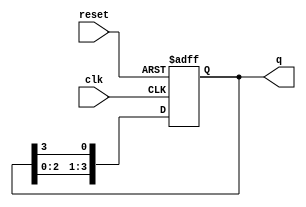
module ring_counter (
    input wire clk,              // Clock input
    input wire reset,            // Asynchronous reset input
    output reg [3:0] q           // Output state (4-bit)
);

    // Use an initial block for setting the initial state
    initial begin
        q = 4'b1000; // Initializing to 1000
    end

    // Synchronous block for the ring counter
    always @(posedge clk or posedge reset) begin
        if (reset) begin
            q <= 4'b1000; // Reset to initial state
        end else begin
            // Perform the shift operation: 
            // The first flip-flop gets the value of the last,
            // and others shift their value to the next flip-flop.
            q <= {q[2:0], q[3]};
        end
    end

endmodule